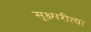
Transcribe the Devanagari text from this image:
सूक्ष्मरीत्या